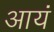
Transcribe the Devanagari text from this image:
आयं